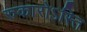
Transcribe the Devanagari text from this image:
रुकारोऽस्ति